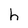
Character: h